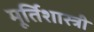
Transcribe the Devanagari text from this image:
मूर्तिशास्त्री